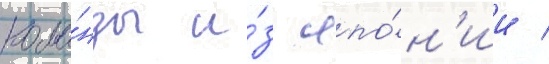
кома́нды и́з япо́н'ии /